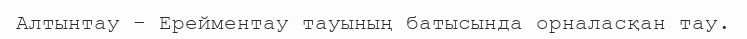
Алтынтау – Ерейментау тауының батысында орналасқан тау.